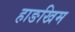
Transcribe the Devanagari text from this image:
हाङखिम